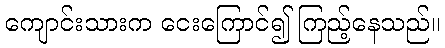
ကျောင်းသားက ငေးကြောင်၍ ကြည့်နေသည်။